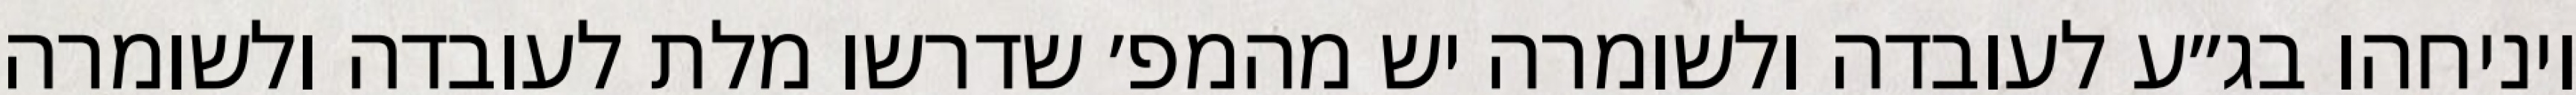
ויניחהו בג״ע לעובדה ולשומרה יש מהמפ׳ שדרשו מלת לעובדה ולשומרה